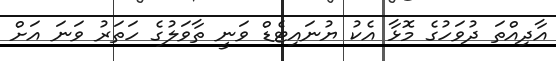
އާދިއްތަ ދުވަހުގެ މޮޅާ އެކު ޔުނައިޓެޑް ވަނީ ތާވަލުގެ ހަތަރު ވަނަ އަށް